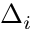
\Delta _ { i }